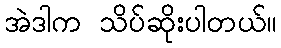
အဲဒါက သိပ်ဆိုးပါတယ်။